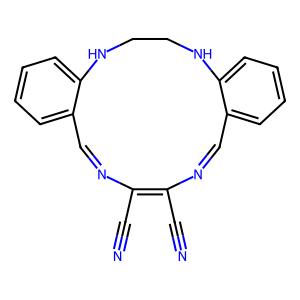
SMILES: N#CC1=C(C#N)N=Cc2ccccc2NCCNc2ccccc2C=N1
Inhibits HIV replication: No